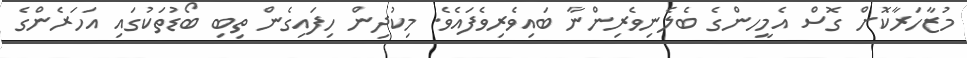
މުޒާހަރާކޮށް ގޮސް އެމީހންގެ ބެލެނިވެރިންނާ ބައިވެރިވެފައެވެ. މިކުދިން ހިފައިގެން ތިބި ބޯޑުތަކުގައި އަހަރެންގެ